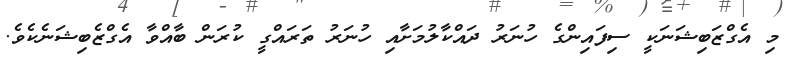
މި އެގްޒަބިޝަނަކީ ސިފައިންގެ ހުނަރު ދައްކާލުމަށާއި ހުނަރު ތަރައްގީ ކުރަން ބާއްވާ އެގްޒެބިޝަނެކެވެ.